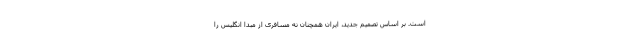
است. بر اساس تصمیم جدید، ایران همچنان نه مسافری از مبدا انگلیس را